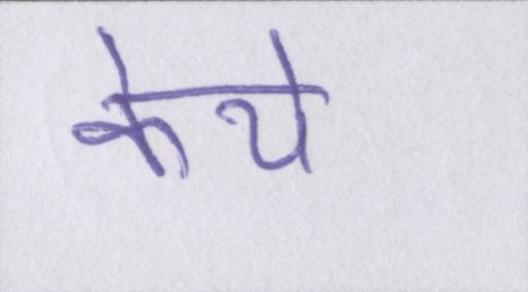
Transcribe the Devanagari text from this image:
केये